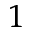
^ 1